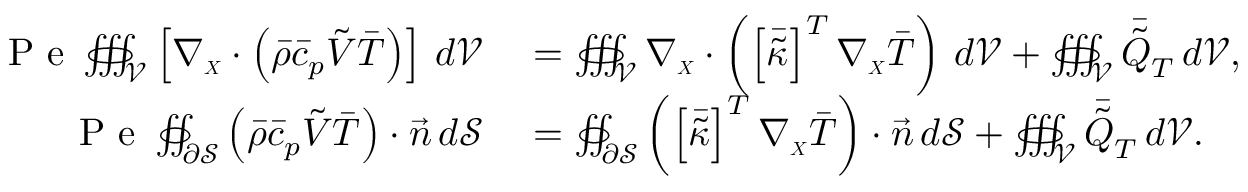
\begin{array} { r l } { \mathrm { ~ P ~ e ~ } \oiiint _ { \mathcal { V } } \left[ \boldsymbol { \nabla _ { \scriptscriptstyle X } } \cdot \left( \Bar { \rho } \Bar { c } _ { p } \boldsymbol { \Tilde { V } } \Bar { T } \right) \right] \, d \mathcal { V } } & { { } = \oiiint _ { \mathcal { V } } \boldsymbol { \nabla _ { \scriptscriptstyle X } } \cdot \left( \left[ \boldsymbol { \Bar { \Tilde { \kappa } } } \right] ^ { T } \boldsymbol { \nabla _ { \scriptscriptstyle X } } \Bar { T } \right) \, d \mathcal { V } + \oiiint _ { \mathcal { V } } \Bar { \Tilde { Q } } _ { T } \, d \mathcal { V } , } \\ { \mathrm { ~ P ~ e ~ } \oiint _ { \partial \mathcal { S } } \left( \Bar { \rho } \Bar { c } _ { p } \boldsymbol { \Tilde { V } } \Bar { T } \right) \cdot \vec { \boldsymbol { n } } \, d \mathcal { S } } & { { } = \oiint _ { \partial \mathcal { S } } \left( \left[ \boldsymbol { \Bar { \Tilde { \kappa } } } \right] ^ { T } \boldsymbol { \nabla _ { \scriptscriptstyle X } } \Bar { T } \right) \cdot \vec { \boldsymbol { n } } \, d \mathcal { S } + \oiiint _ { \mathcal { V } } \Bar { \Tilde { Q } } _ { T } \, d \mathcal { V } . } \end{array}